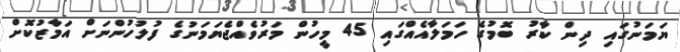
ޔަމަނުގައި ދިން ކާރު ބޮމުގެ ހަމަލާއެއްގައި 45 މީހުން މަރުވެއްޖެޔަމަނުގެ ފުލުހުންނަށް އަމާޒުކޮށް